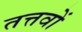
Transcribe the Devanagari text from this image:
तत्तवों